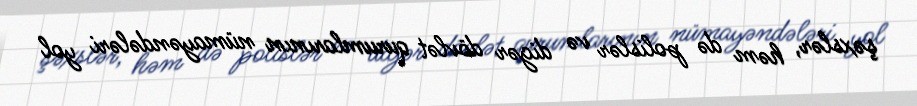
şəxslər, həm də polislər və digər dövlət qurumlarının nümayəndələri yol